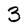
Character: 3